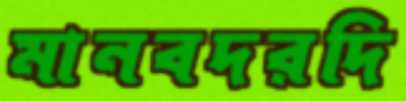
মানবদরদি